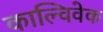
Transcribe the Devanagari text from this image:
काल्विवेक